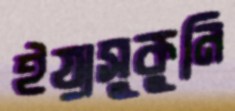
ইয়াসুকুনি